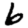
Digit: 6